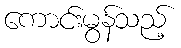
ကောင်းမွန်သည့်